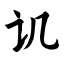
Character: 讥